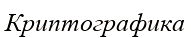
Криптографика